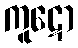
ကူဋော